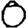
Digit: 0